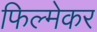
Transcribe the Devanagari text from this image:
फिल्मेकर